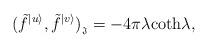
LaTeX: \begin{align*}(\tilde{f}^{|u\rangle},\tilde{f}^{|v\rangle})_{{}_{\mathfrak{J}}} = -4\pi \lambda \textrm{coth} \lambda,\end{align*}